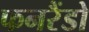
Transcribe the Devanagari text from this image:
फनरैंडो